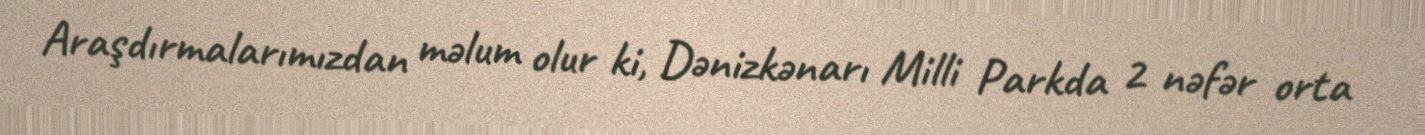
Araşdırmalarımızdan məlum olur ki, Dənizkənarı Milli Parkda 2 nəfər orta